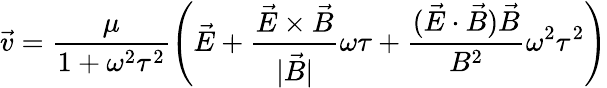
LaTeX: \vec{v}=\frac{\mu}{1+\omega^{2}\tau^{2}}\left(\vec{E}+\frac{\vec{E}\times\vec{B}}{|\vec{B}|}\omega\tau+\frac{(\vec{E}\cdot\vec{B})\vec{B}}{B^{2}}\omega^{2}\tau^{2}\right)